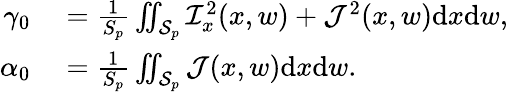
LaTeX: \begin{array}{rl}{\gamma_{0}}&{{}=\frac{1}{S_{p}}\iint_{\mathcal{S}_{p}}\mathcal{I}_{x}^{2}(x,w)+\mathcal{J}^{2}(x,w)\mathrm{d}x\mathrm{d}w,}\\ {\alpha_{0}}&{{}=\frac{1}{S_{p}}\iint_{\mathcal{S}_{p}}\mathcal{J}(x,w)\mathrm{d}x\mathrm{d}w.}\end{array}